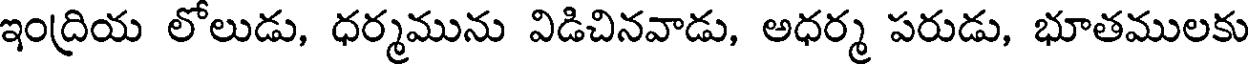
ఇంద్రియ లోలుడు, ధర్మమును విడిచినవాడు, అధర్మ పరుడు, భూతములకు